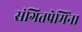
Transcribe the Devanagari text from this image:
संगितप्रेमिंना